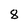
Character: 8